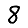
Digit: 8